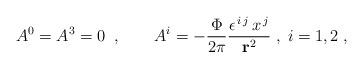
LaTeX: \begin{align*}A^{0}=A^{3}=0\;\;,\qquad A^{i}=-\frac{\Phi }{2\pi }\frac{\epsilon^{\,i\,j}\,x^{\,j}}{{\bf r}^{2}}\;,\;i=1,2\;,\end{align*}